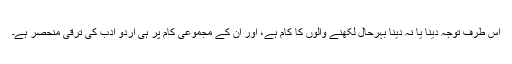
اس طرف توجہ دینا یا نہ دینا بہرحال لکھنے والوں کا کام ہے، اور ان کے مجموعی کام پر ہی اردو ادب کی ترقی منحصر ہے۔